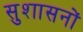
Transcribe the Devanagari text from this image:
सुशासनों